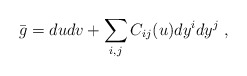
\begin{align*} \bar g = du dv + \sum_{i,j} C_{ij}(u) dy^i dy^j~,\end{align*}